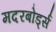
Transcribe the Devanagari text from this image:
मदरबोर्ड्स